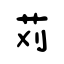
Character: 苅